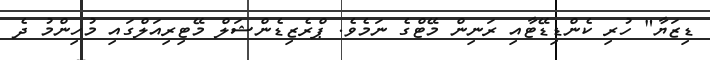
ޑިޒަޔާ" ހުރި ކެންޑިޑޭޓާއި ރަނިން މޭޓްގެ ނަމެވެ. ޕްރެޒިޑެންޝަލް މޭޓިރިއަލްގައި މުހިންމު ދެ